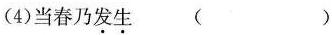
（4）当春乃发生（ ）